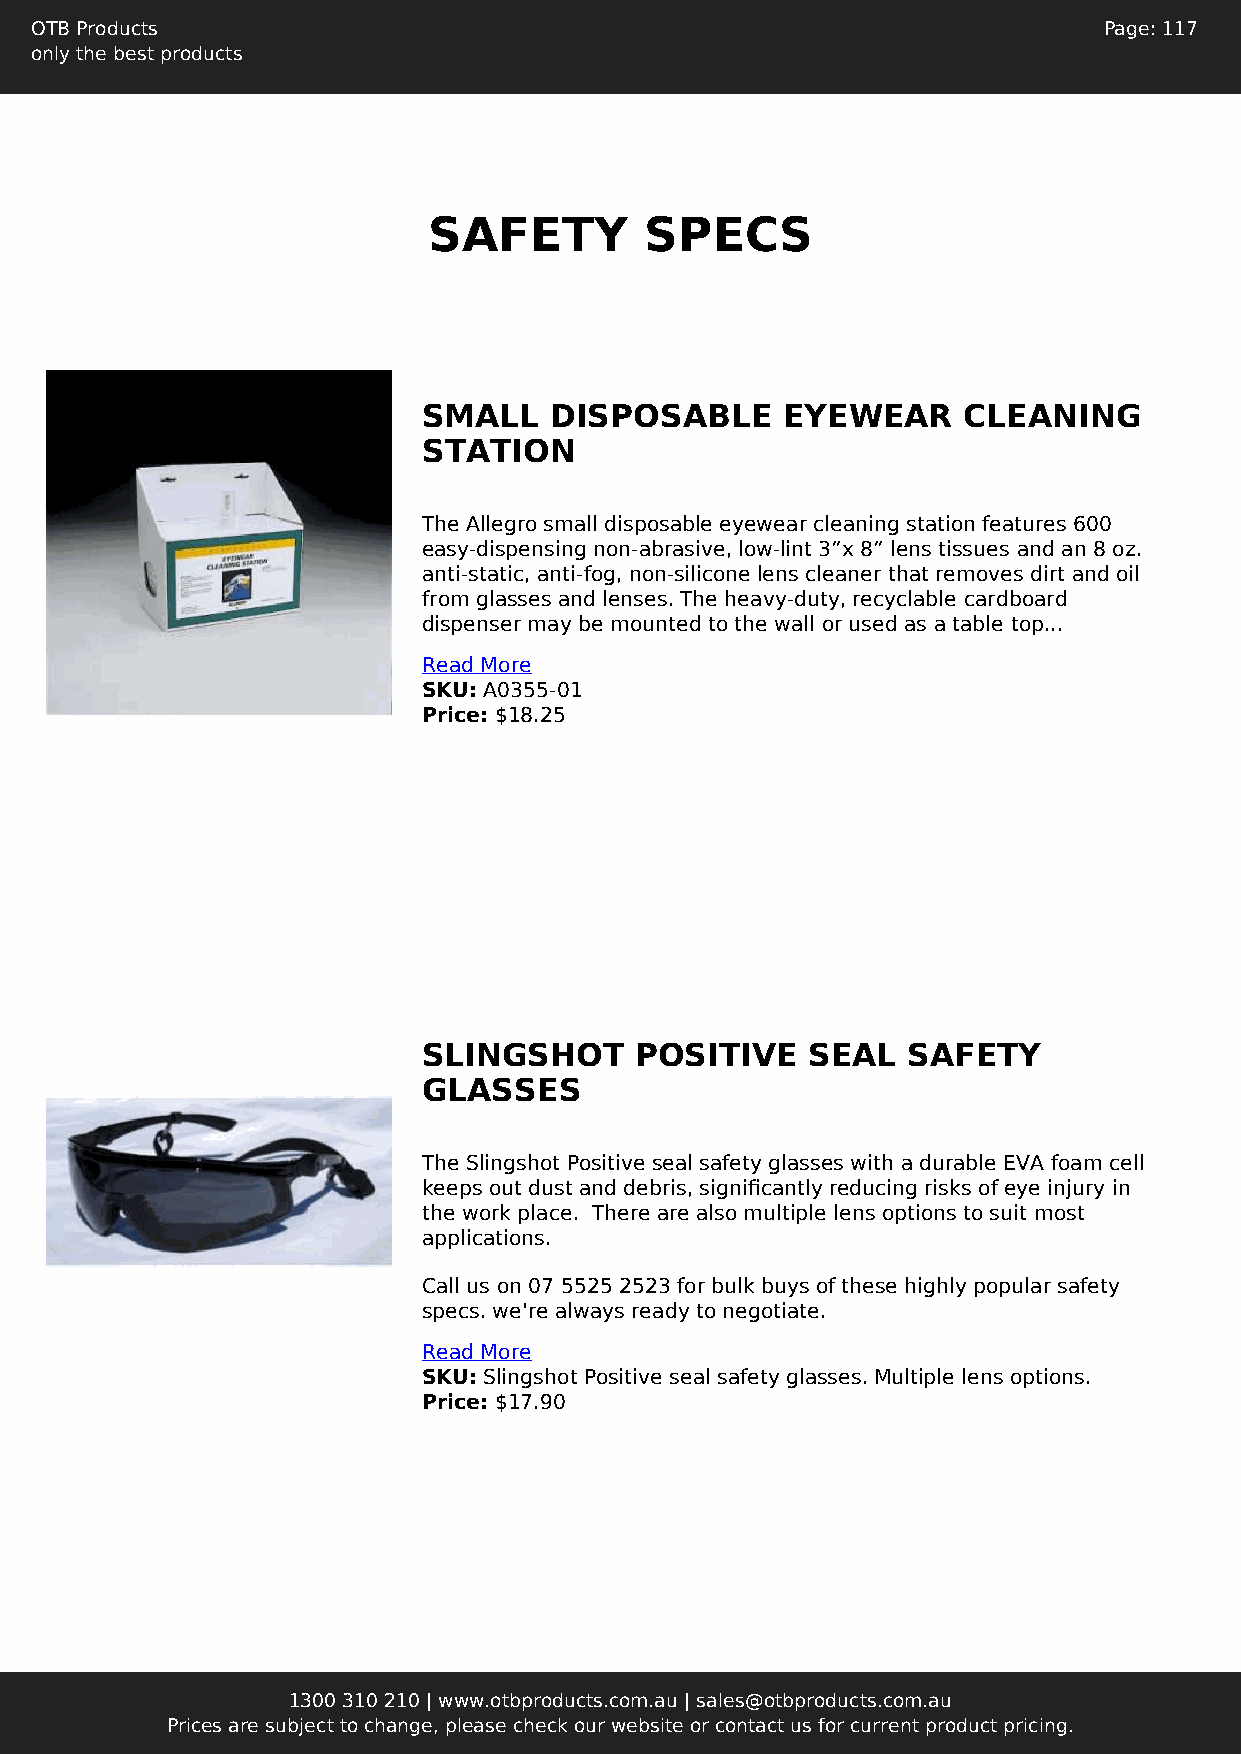
OTB Products                                                           Page: 117
 only the best products
 SAFETY         SPECS
 SMALL   DISPOSABLE      EYEWEAR     CLEANING
 STATION
 The Allegro small disposable eyewear cleaning station features 600
 easy-dispensing non-abrasive, low-lint 3”x 8” lens tissues and an 8 oz.
 anti-static, anti-fog, non-silicone lens cleaner that removes dirt and oil
 from glasses and lenses. The heavy-duty, recyclable cardboard
 dispenser may be mounted to the wall or used as a table top...
 Read More
 SKU: A0355-01
 Price: $18.25
 SLINGSHOT     POSITIVE    SEAL  SAFETY
 GLASSES
 The Slingshot Positive seal safety glasses with a durable EVA foam cell
 keeps out dust and debris, significantly reducing risks of eye injury in
 the work place. There are also multiple lens options to suit most
 applications.
 Call us on 07 5525 2523 for bulk buys of these highly popular safety
 specs. we're always ready to negotiate.
 Read More
 SKU: Slingshot Positive seal safety glasses. Multiple lens options.
 Price: $17.90
 1300 310 210 | www.otbproducts.com.au | sales@otbproducts.com.au
 Prices are subject to change, please check our website or contact us for current product pricing.